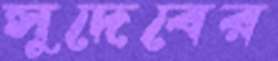
সুদেবের